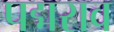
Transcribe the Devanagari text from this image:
पद्मराव